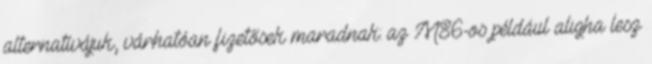
alternatívájuk, várhatóan fizetősek maradnak: az M86-os például aligha lesz